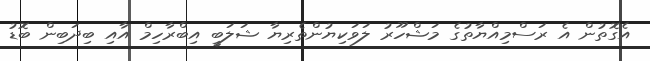
އެގޮތުން އެ ރަސްމިއްޔާތުގެ މަޝްހޫރު ލަވަކިޔުންތެރިޔާ ޝަލަބީ އިބްރާހިމް އާއި ބިދަބިން ބޮޑު